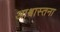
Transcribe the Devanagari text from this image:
आश्वास्तना